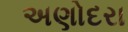
અણોદરા